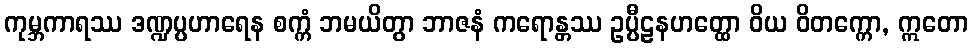
ကုမ္ဘကာရဿ ဒဏ္ဍပ္ပဟာရေန စက္ကံ ဘမယိတွာ ဘာဇနံ ကရောန္တဿ ဥပ္ပီဠနဟတ္ထော ဝိယ ဝိတက္ကော, ဣတော